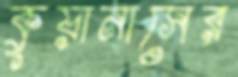
কুয়ানাসের